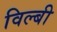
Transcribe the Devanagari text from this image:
विल्बी